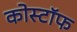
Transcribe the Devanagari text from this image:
कोस्टॉफ